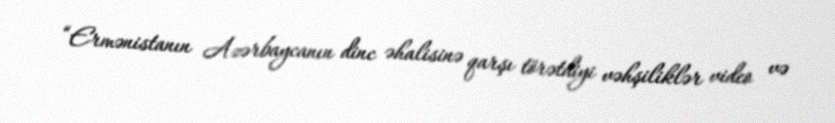
“Ermənistanın Azərbaycanın dinc əhalisinə qarşı törətdiyi vəhşiliklər video və